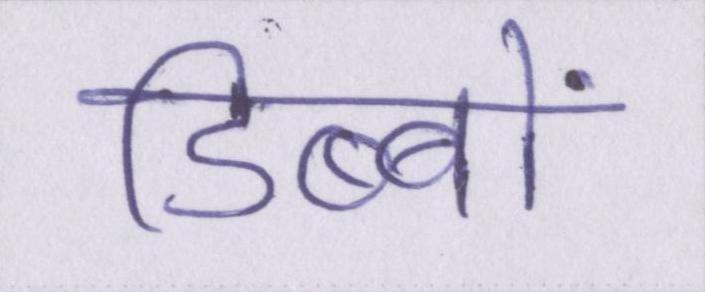
डिब्बों